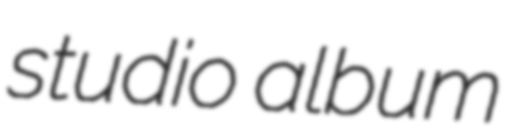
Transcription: studio album